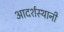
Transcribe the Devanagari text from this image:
आदर्शस्थानी